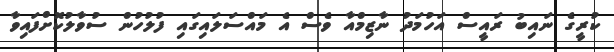
ކުރީގެ ނައިބު ރައީސް އަހުމަދު ނާޒިމްއާ ވެސް އެ މައްސަލައިގައި ފުލުހުން ސުވާލުކޮށްފައިވާ